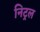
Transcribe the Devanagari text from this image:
निट्रल